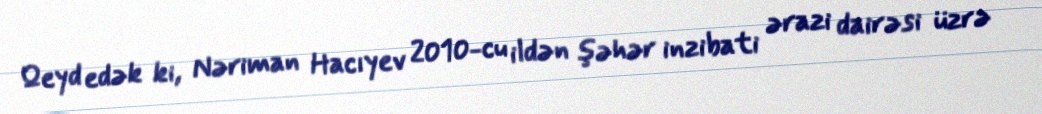
Qeyd edək ki, Nəriman Hacıyev 2010-cu ildən şəhər inzibati ərazi dairəsi üzrə